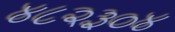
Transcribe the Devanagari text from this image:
४८२३०४